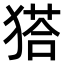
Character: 𤠟